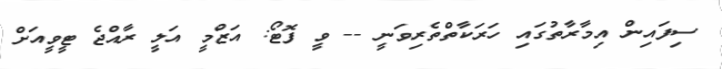
ސިފައިން އިމާރާތުގައި ހަރަކާތްތެރިވަނީ -- ވީ ފޮޓޯ: އަޒްމީ އަލީ ރާއްޖެ ޓީވީއަށް